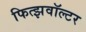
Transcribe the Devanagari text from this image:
फित्झवॉल्टर